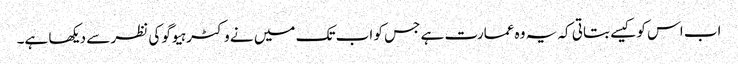
اب اس کو کیسے بتاتی کہ یہ وہ عمارت ہے جس کو اب تک میں نے وکٹر ہیوگو کی نظر سے دیکھا ہے۔